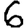
Digit: 6